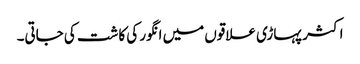
اکثر پہاڑی علاقوں میں انگور کی کاشت کی جاتی۔